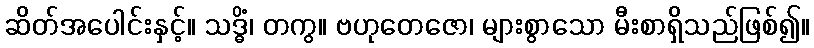
ဆိတ်အပေါင်းနှင့်။ သဒ္ဓိံ၊ တကွ။ ဗဟုတေဇော၊ များစွာသော မီးစာရှိသည်ဖြစ်၍။